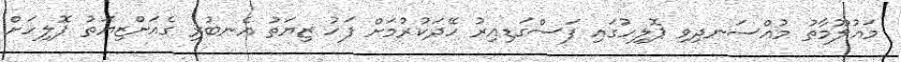
މައުލޫމާތު މުއްސަނދިވި ޕޮލިހުގައި ފަސްގަޑިއިރު ހޭދަކުރުމަށް ފަހު ޒިޔަތު އެނބުރި ގެއަށްޒިޔަތުު ޕޮލިހަށް